Report on sanitation, dispensaries, and jails in Rajputana for 1920, and on vaccination for the year 1920-1921 - 1920-1921
Year: 1920
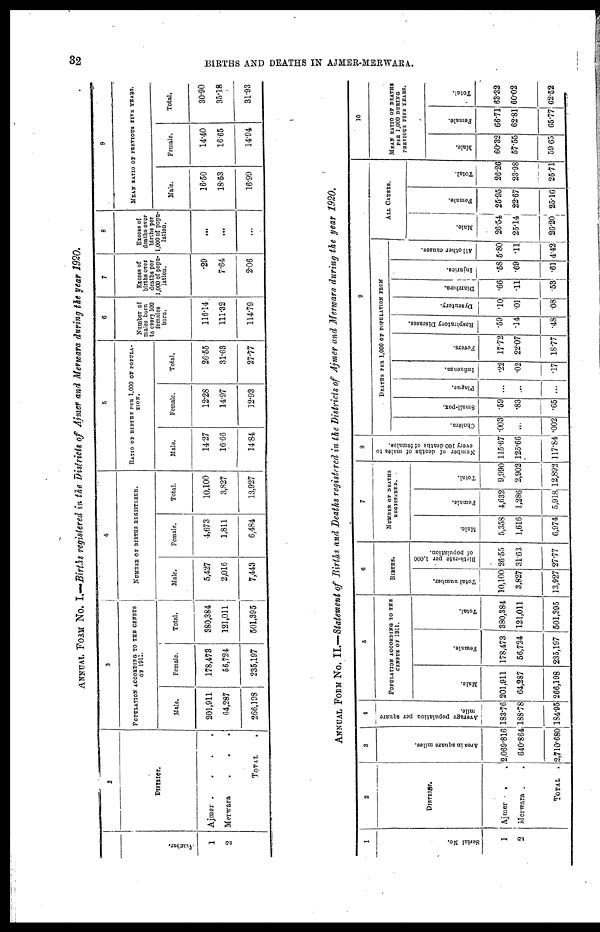
32
BIRTHS AND DEATHS IN AJMER-MERWARA.
ANNUAL FORM No. I.—Births registered in the Districts of Ajmer and Merwara during the year 1920.
Number.
1
2
2
DISIRICT.
Ajmer
.
.
.
.
Merwara . . .
TOTAL .
3
POPULATION ACCORDING TO THE CENSUS
OF 1911.
Male.
201,911
64,287
266,198
Female.
178,473
56,724
235,197
Total.
380,384
121,011
501,395
4
NUMBER OF BIRTHS REGISTERED.
Male.
5,427
2,016
7,443
Female.
4,673
1,811
6,484
Total.
10,100
3,827
13,927
5
RATIO OF BIRTHS PER 1,000 OF POPULA-
----.
Male.
14.27
16.66
14.84
Female.
12.28
14.97
12.93
Total.
26.55
31.63
27.77
6
Number of
males born
to every 100
females
born.
116.14
111.32
114.79
7
Excess of
births over
deaths per
1,000 of popu-
lation.
.29
7.64
2.06
8
Excess of
deaths over
births per
1,000 of popu-
lation.
...
...
...
9
MEAN RATIO OF PREVIOUS FIVE YEARS.
Male.
16.50
18.53
16.99
Female.
14.40
16.65
14.94
Total.
30.90
35.18
31.93
ANNUAL FORM No. II.—Statement of Births and Deaths registered in the Districts of Ajmer and Merwara during the year 1920.
1
Serial No.
1
2
2
DISTRICT.
Ajmer
.
.
Merwara . .
TOTAL .
3
Area in square miles.
2,069.816
640.864
2,710.680
4
Average population per square
mile.
183.76
188.78
184.95
5
POPULATION ACCORDING TO THE
CENSUS OF 1911.
Male.
201,911
64,287
266,198
Female.
178,473
56,724
235,197
Total.
380,384
121,011
501,395
6
BIRTHS.
Total number.
10,100
3,827
13,927
Birth-rate per 1,000
of population.
26.55
31.63
27.77
7
NUMBER OF DEATHS
REGISTERED.
Male.
5,358
1,616
6,974
Female.
4,632
1,286
5,918
Total.
9,990
2,902
12,892
8
Number of deaths of males to
every 100 deaths of females.
115.67
125.66
117.84
9
DEATHS PER 1,000 OF POPULATION FROM
Cholera.
.003
...
.002
Small-pox.
.59
.83
.65
Plague.
...
...
...
Infiuenza.
22
.02
.17
Fevers.
17.72
22.07
18.77
Respiratory Diseases.
.59
.14
.48
Dysentery.
.10
.01
.08
Diarrhœa.
.66
.11
.53
Injuries.
.58
.69
.61
All other causes.
5.80
.11
4.42
ALL CAUSES.
Male.
26.54
25.14
26.20
Female.
25.95
22.67
25.16
Total.
26.26
23.98
25.71
10
MEAN RATIO OF DEATHS
PER 1,000 DURING
PREVIOUS FIVE YEARS.
Male.
60.32
57.55
59.65
Female.
66.71
62.81
65.77
Total.
63.32
60.02
62.52